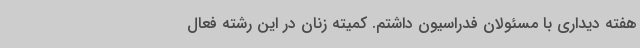
هفته دیداری با مسئولان فدراسیون داشتم. کمیته زنان در این رشته فعال